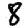
Digit: 8